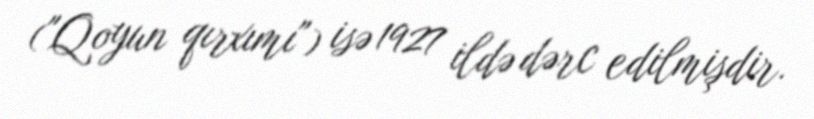
("Qoyun qırxımı") isə 1927 ildə dərc edilmişdir.